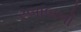
રબાબનો